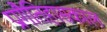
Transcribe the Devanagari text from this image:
प्रागैतिहासकाल